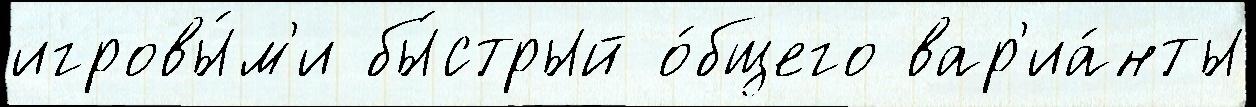
игровы́м'и бы́стрый о́бщего вар'иа́нты